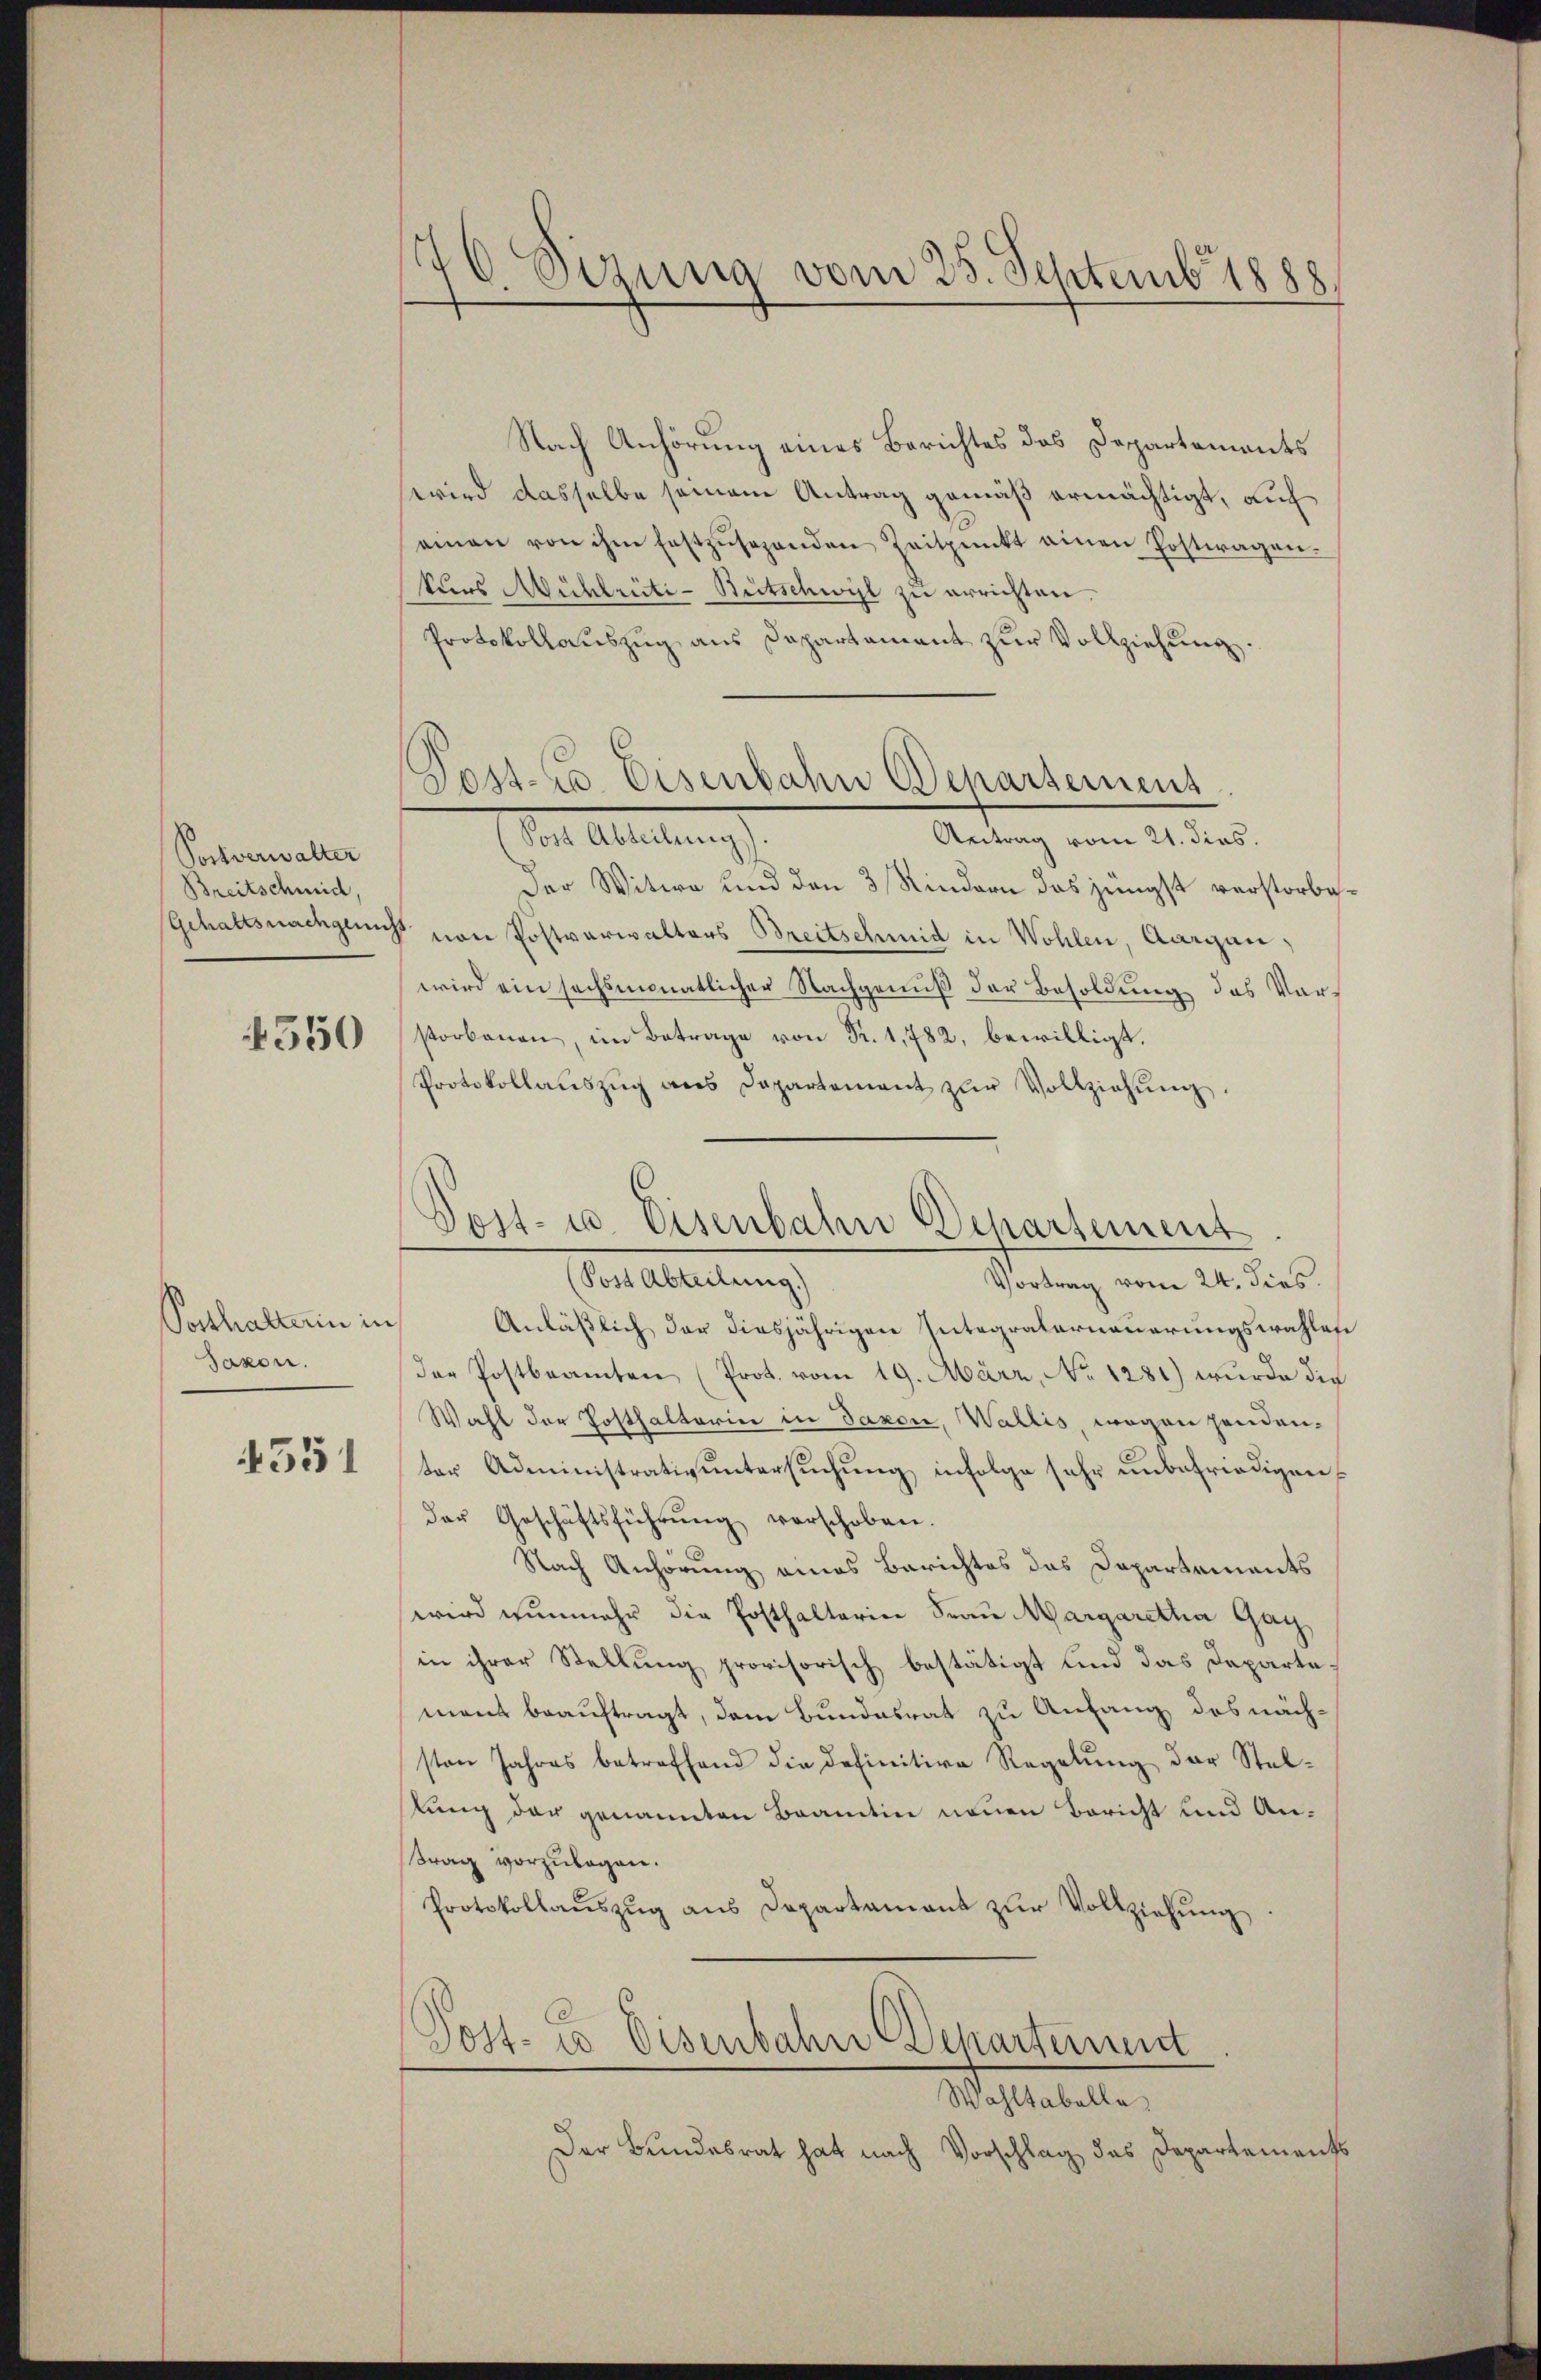
Postverwalter
Breitschmid,

4550

Posthaltern in
Saxon.

4551

176 Sizung vom 25. Septemb. 1888

Nach Anhörung eines Berichtes das Departements
wird dasselbe seinem Antrag gemäß ermächtigt, auf
einen von ihm festzŭsehenden Zeitpunkt einen Postwagen.
kurs Mühlrüti-Betschwyl zu errichten.
Protokollauszug aus Dapartement zur Vollziehung.
oel Abteilung
Antrag vom 21. dies.
Der Witwe und den 3 Kindern das jüngst verstorbe¬
(Gehaltsnachgeicht von Postverwalters Breitschmid in Wohlen, Aargau,
wird ein sechsmonatlicher Nachgenuß der Besoldung des Vorstorbenen, im Betrage von Fr. 1,782, bewilligt.
Protokollaŭszŭg ans Departement zŭr Vollziehŭng.
(Post Abteilung.)
Vortrag vom 24. dies.
Anläßlich der diesjährigen Integralerneuerungswahlen
der Postbeamten (Prot. vom 19. März, No 1281) wurde die
Wahl der Posthalterin in Saxon, Wallis, wegen handen-
ter Administrativuntersuchung infolge sehr unbefriedigender Geschäftsführŭng verschoben.
Nach Anhörung eines Berichtes das Departements
wird nunmehr die Posthalterin Frau Margaretha Gay,
in ihrer Stellung provisorisch bestätigt und das Departemant beauftragt, dem Bundesrat zu Anfang des nächsten Jahres betreffend die definitive Regelung der Stelstung der genannten Baamtin neuen Bericht und Antrag vorzulagen.
Protokollaŭszŭg aŭs Departamant zŭr Vollziehung
Post. Es Eisenbahn Departement
Wohltabelle
Der Bundesrat hat nach Vorschlag des Departements

Post. Co. Eisenbahn Deparseinens

Post- u. Eisenbahn Departement